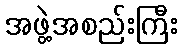
အဖွဲ့အစည်းကြီး